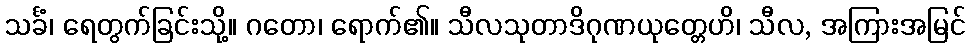
သင်္ခံ၊ ရေတွက်ခြင်းသို့။ ဂတော၊ ရောက်၏။ သီလသုတာဒိဂုဏယုတ္တေဟိ၊ သီလ, အကြားအမြင်